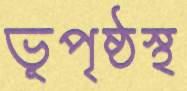
ভূপৃষ্ঠস্থ